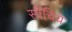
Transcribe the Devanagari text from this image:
सींचिये